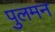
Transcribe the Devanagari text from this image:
पुलमन